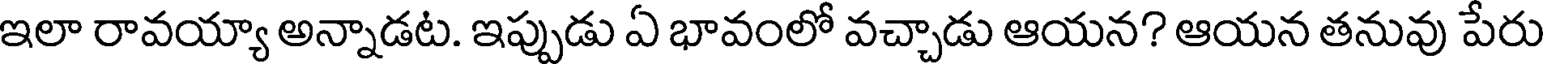
ఇలా రావయ్యా అన్నాడట. ఇప్పుడు ఏ భావంలో వచ్చాడు ఆయన? ఆయన తనువు పేరు